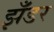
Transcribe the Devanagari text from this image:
झँडर